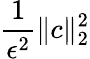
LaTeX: \frac{1}{{\epsilon^{2}}}\lVert c\rVert_{2}^{2}